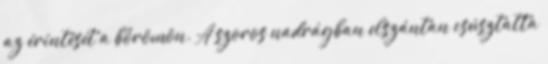
az érintését a bőrömön. A szoros nadrágban elszántan csúsztatta